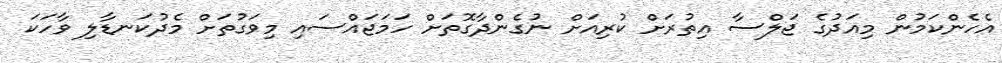
އެހެންކަމުން މިއަދުގެ ޖަލްސާ އިތުރަށް ކުރިއަށް ނުގެންދާގޮތަށް ހަމަޖައްސައި މިވަގުތަށް މެދުކަނޑާލި ވާހަކަ